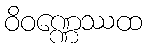
ဝိဝဏ္ဏေဿထ